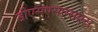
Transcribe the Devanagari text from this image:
डीएसएसएसएस